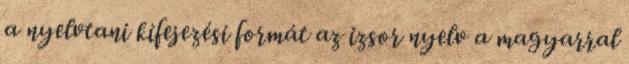
a nyelvtani kifejezési formát az izsor nyelv a magyarral